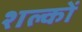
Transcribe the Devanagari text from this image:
शल्‍कों